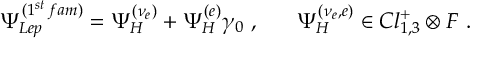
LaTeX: \Psi _ { L e p } ^ { ( 1 ^ { s t } \, f a m ) } = \Psi _ { H } ^ { ( \nu _ { e } ) } + \Psi _ { H } ^ { ( e ) } \gamma _ { 0 } ~ , ~ ~ ~ ~ ~ \Psi _ { H } ^ { ( \nu _ { e } , e ) } \in C l _ { 1 , 3 } ^ { + } \otimes { \cal F } ~ .